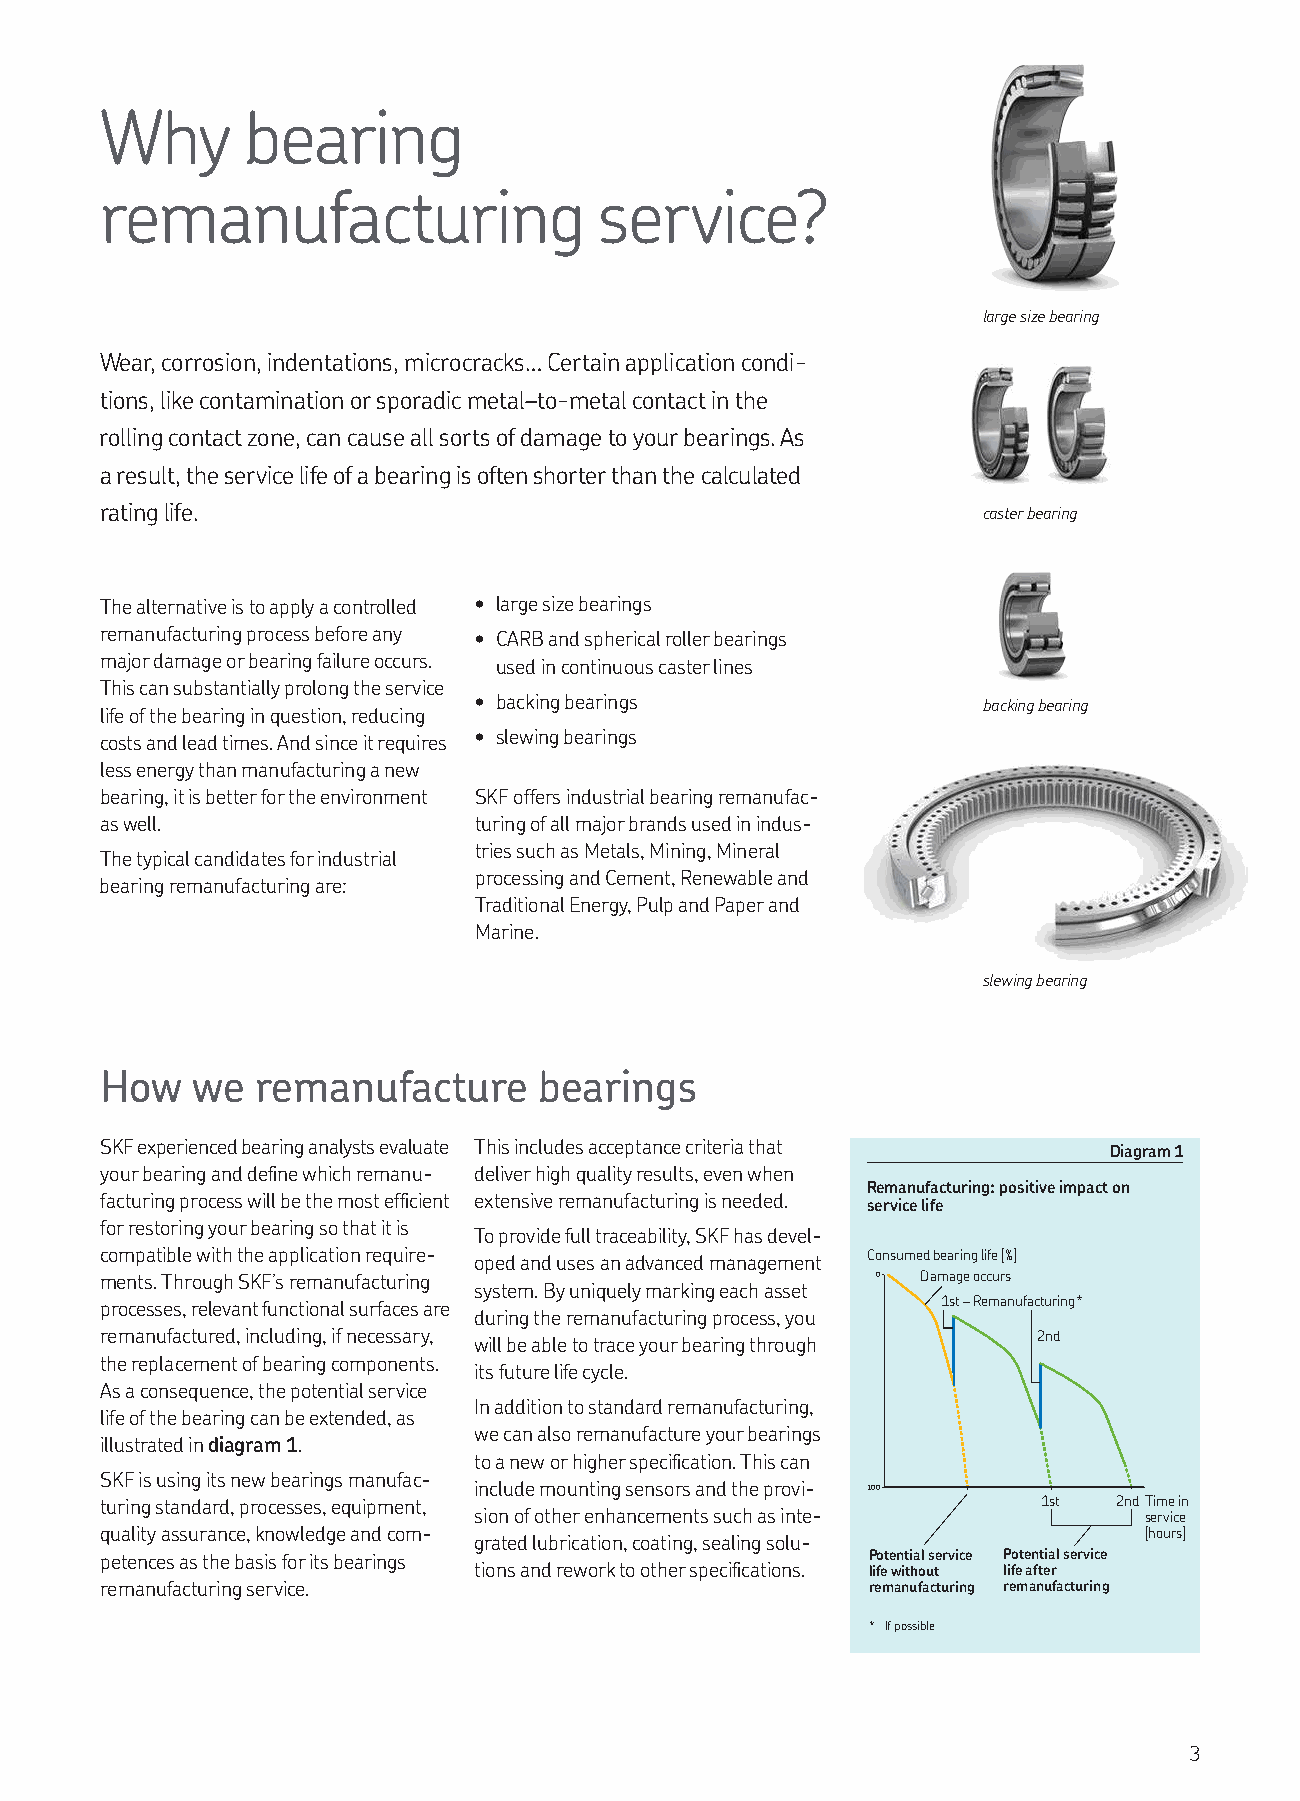
Why      bearing
 remanufacturing                  service?
 large size bearing
 Wear, corrosion, indentations, microcracks… Certain application condi-
 tions, like contamination or sporadic metal–to-metal contact in the
 rolling contact zone, can cause all sorts of damage to your bearings. As
 a result, the service life of a bearing is often shorter than the calculated
 rating life.                                              caster bearing
 The alternative is to apply a controlled • large size bearings
 remanufacturing process before any • CARB and spherical roller bearings
 major damage or bearing failure occurs. used in continuous caster lines
 This can substantially prolong the service
 • backing bearings                backing bearing
 life of the bearing in question, reducing
 costs and lead times. And since it requires • slewing bearings
 less energy than manufacturing a new
 bearing, it is better for the environment SKF offers industrial bearing remanufac-
 as well.                turing of all major brands used in indus-
 tries such as Metals, Mining, Mineral
 The typical candidates for industrial
 processing and Cement, Renewable and
 bearing remanufacturing are:
 Traditional Energy, Pulp and Paper and
 Marine.
 slewing bearing
 How   we  remanufacture      bearings
 SKF experienced bearing analysts evaluate This includes acceptance criteria that Diagram 1
 your bearing and deine which remanu- deliver high quality results, even when
 Remanufacturing: positive impact on
 facturing process will be the most eficient extensive remanufacturing is needed.
 service life
 for restoring your bearing so that it is
 To provide full traceability, SKF has devel-
 compatible with the application require- oped and uses an advanced management Consumed bearing life [%]
 ments. Through SKF’s remanufacturing               0  Damage occurs
 system. By uniquely marking each asset
 processes, relevant functional surfaces are            1st – Remanufacturing*
 during the remanufacturing process, you
 remanufactured, including, if necessary, will be able to trace your bearing through 2nd
 the replacement of bearing components.
 its future life cycle.
 As a consequence, the potential service
 In addition to standard remanufacturing,
 life of the bearing can be extended, as
 we can also remanufacture your bearings
 illustrated in diagram 1.
 to a new or higher speciication. This can
 SKF is using its new bearings manufac-
 include mounting sensors and the provi- 100
 turing standard, processes, equipment,                        1st  2ndTime in
 sion of other enhancements such as inte-     service
 quality assurance, knowledge and com-                                [hours]
 grated lubrication, coating, sealing solu-
 petences as the basis for its bearings             Potential service Potential service
 tions and rework to other speciications. life without life after
 remanufacturing service.                           remanu facturing remanufacturing
 * If possible
 3